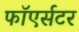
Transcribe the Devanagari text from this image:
फाॅएर्सटर